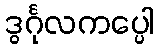
ဒွင်္ဂုလကပ္ပေါ